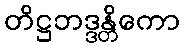
တိဋ္ဌဘဒ္ဒန္တိကော